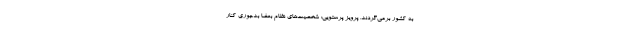
به کشور برمی‌گردند. پرویز پرستویی: شخصیت‌های نظام بعضا بدجوری کنار